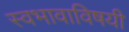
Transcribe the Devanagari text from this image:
स्वभावाविषयी